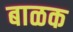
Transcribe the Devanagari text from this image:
बाळक